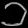
Digit: ၁